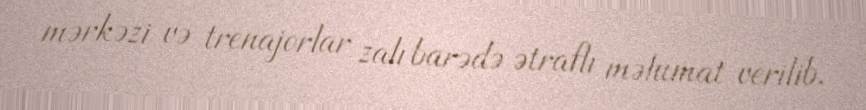
mərkəzi və trenajorlar zalı barədə ətraflı məlumat verilib.